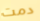
دمت